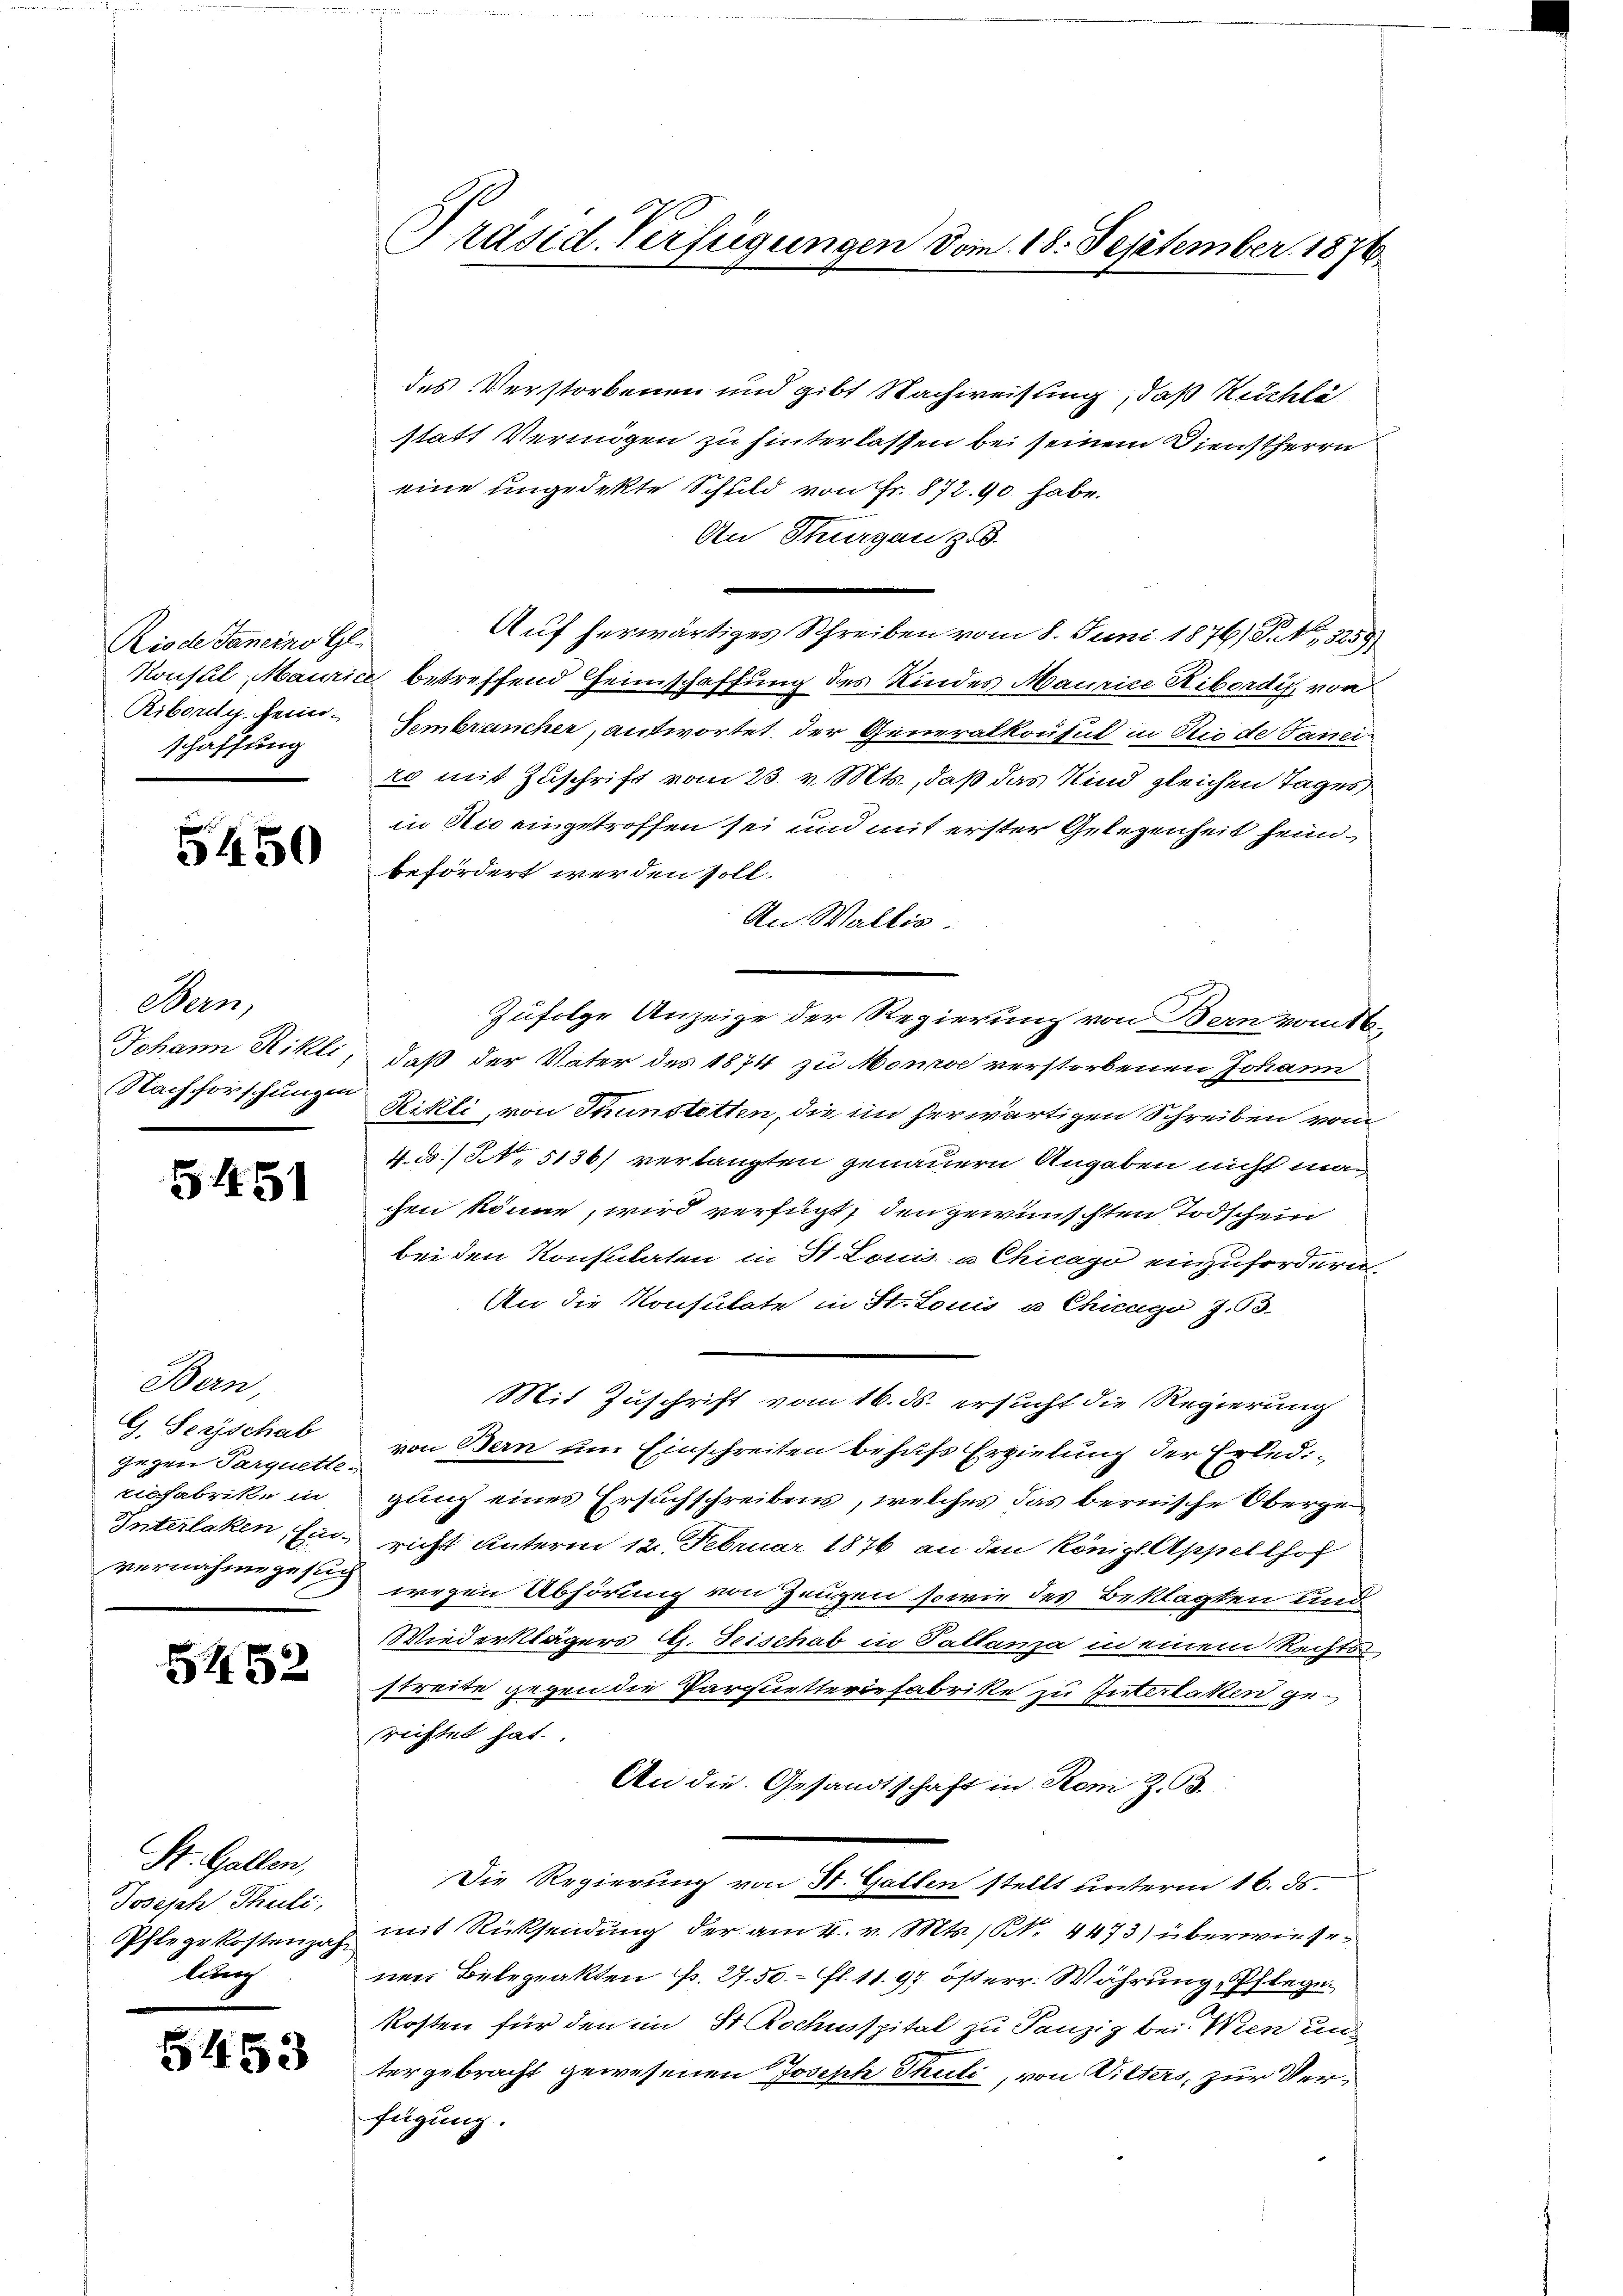
Riode Janeins Gl.
Ribordy sein.
schaffung

5450

Bern,

5451

Bern,
G. Serischab
gegen Parquette-
ilfabrike in

5452

St. Gallen,
Joseph Thuli,
Osterkostenza
Überg

5453

des Verstorbenen und gibt Nachweisung, daß Kuchli
statt Vermögen zu hinterlassen bei seinem Dienstherrn
eine ungedekte Schuld von Fr. 872. 90 habe.
An Thurgau zu.
Auf herwärtiges Schreiben vom 8. Juni 1876/ P., 3259
Konsul Maurice betreffend Heimschaffung des Kindes Maurice Ribordig von
Gembrancher, antwortet der Generalkonsul in die de Janei
ro mit Zuschrift vom 23. v. Mts., daß das Kind gleichen Tages
in Rio eingetroffen sei und mit erster Gelegenheit heimbefördert werden soll.
An Wallis
Zufolge Anzeige der Regierung von Bern vom 16.
Johann Rikli, daß der Vater des 1874 zu Monrse verstorbenen Johann
NNachforschungen Rikli, von Thunstetten, die im herwärtigen Schreiben vom
4. ds. / NNo. 5136) verlangten genauern Angaben nicht man
chen könne, wird verfügt, den gewünschten Todschein
bei den Konsulaten in St. Louis u Chicago einzufordern,
An die Konsulate in St. Louis u Chicago Z. 63.
Mit Zuschrift vom 16. ds. ersucht die Regierung
von Bern um Einschreiten behufs Erzielung der Erledigung eines Ersuchschreibens, welches das bernische Oberge
Interlaken, Ein richt unterm 12. Februar 1876 an den königl. Appellhof
vernahmegen wegen Abhörung von Zeugen sowie des Beklagten und
Wiederklägers (s. Seischab in Tallanza in einem Rechts-
streite gegen die Parquetteriefabrike zu Interlasten gerichtet hat.
An die Gesandtschaft in Roni Z. B.
Die Regierung von St. Gallen stellt unterm 16. ds.
mit Rücksendung der am 4. v. Mts. (N. 4473) überwiese
nen Belegrakten p. 27.50. fl. 11. 94. österr. Währung, Pflege.
kosten für den im St Rochusspital zu Tanzig bei Wien un
tergebracht gewesenen Joseph Thuli, von Wilters, zur Verfügung.

Präsid. Verfügungen vom 18. September 1876.